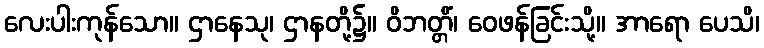
လေးပါးကုန်သော။ ဌာနေသု၊ ဌာနတို့၌။ ဝိဘတ္တိံ၊ ဝေဖန်ခြင်းသို့။ အာရော ပေသိ၊